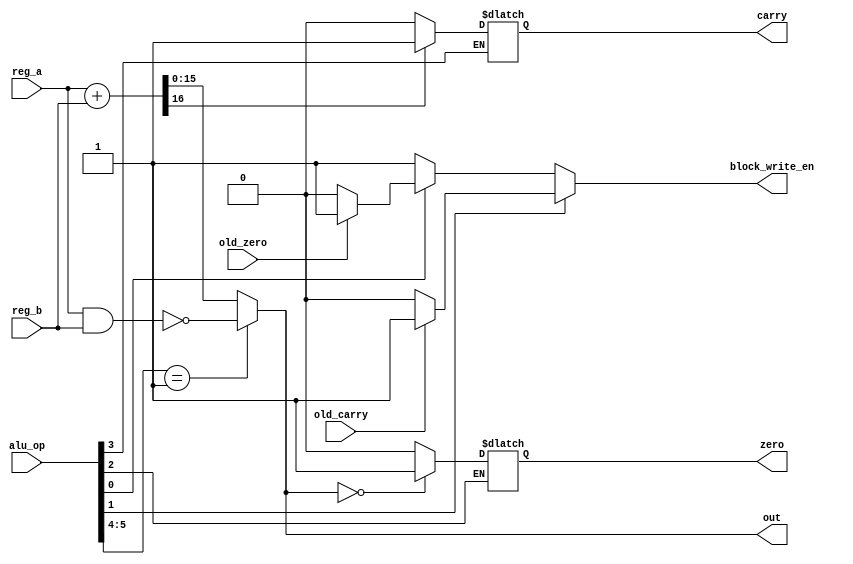
module alu(reg_a, reg_b, alu_op, out, carry, zero, block_write_en, old_carry, old_zero);

input [15:0] reg_a;
input [15:0] reg_b;
input [5:0] alu_op;
input old_carry, old_zero;
output reg [15:0] out;
output reg carry, zero;
output reg block_write_en;

wire [16:0] out_wire;

assign out_wire = reg_a + reg_b;

always @ (*) begin
	case(alu_op[5:4]) 
		2'b00 : begin
			out = out_wire[15:0];
		end
		
		2'b01 : begin
			out = ~(reg_a & reg_b);
		end
		
		default : begin
			out = out_wire[15:0];
		end
	endcase
	
	if(alu_op[3] == 1) begin	
		carry = (out_wire[16] == 1'b1) ? 1'b1 : 1'b0;
	end
	
	if(alu_op[2] == 1) begin
		zero = (out == 16'h0000) ? 1'b1 : 1'b0;
	end
	
	//blocking write enable if carry is not set
	if(alu_op[1] == 1)
		if(old_carry == 0)
			block_write_en = 1'b0;
		else 
			block_write_en = 1'b1;
		
	//blocking write enable if zero is not set	
	else if(alu_op[0] == 1)
		if(old_zero == 0)
			block_write_en = 1'b0;
		else 
			block_write_en = 1'b1;
	else 
		block_write_en = 1'b1;
		
end

endmodule